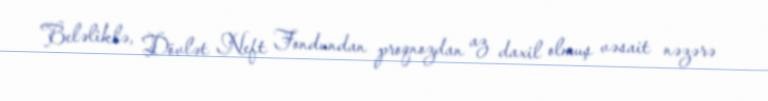
Beləliklə, Dövlət Neft Fondundan proqnozdan az daxil olmuş vəsait nəzərə